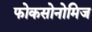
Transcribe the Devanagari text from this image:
फोकसोनोमिज